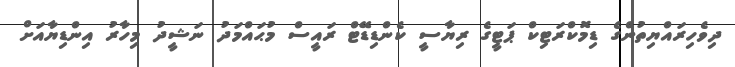
ދިވެހިރައްޔިތުންގެ ޑިމޮކްރަޓިކް ޕަޓީގެ ރިޔާސީ ކެންޑިިޑޭޓް ރައީސް މުޙައްމަދު ނަޝީދު މިހާރު އިންޑިޔާއަށް